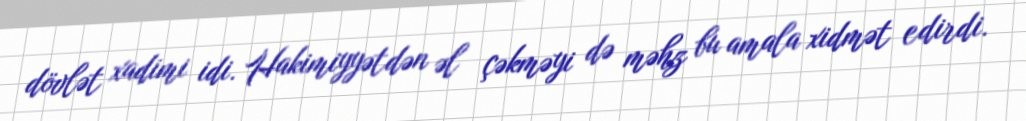
dövlət xadimi idi. Hakimiyyətdən əl çəkməyi də məhz bu amala xidmət edirdi.